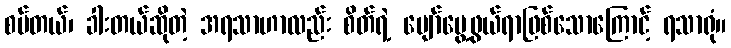
စပ်တယ်၊ ခါးတယ်ဆိုတဲ့ အရသာဟာလည်း စိတ်ရဲ့ ပျော်မွေ့ဖွယ်ရာဖြစ်သောကြောင့် ရသာရုံ။